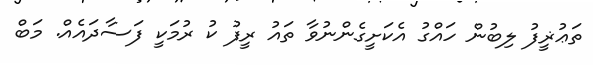
ތަޢުޜީފު ލިބުން ހައްގު އެކަށީގެންނުވާ ތައު ރީފު ކު ރުމަކީ ފަސާދައެއް. މަބް